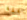
شفقة